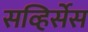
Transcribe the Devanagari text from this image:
सव्हिर्सेस